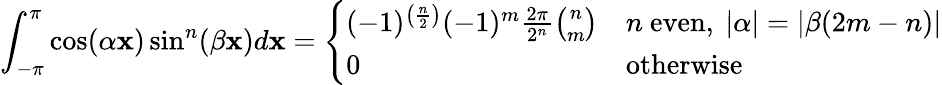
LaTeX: \int_{-\pi}^{\pi}\cos(\alpha\mathbf{x})\sin^{n}(\beta\mathbf{x})d\mathbf{x}={\left\{ \begin{array}{ll}{(-1)^{\left({\frac{n}{2}}\right)}(-1)^{m}{\frac{2\pi}{2^{n}}}{\binom{n}{m}}}&{n{\mathrm{~even}},\ |\alpha|=|\beta(2m-n)|}\\ {0}&{{\mathrm{otherwise}}}\end{array}\right.}